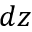
d z